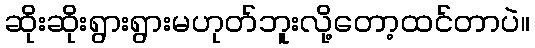
ဆိုးဆိုးရွားရွားမဟုတ်ဘူးလို့တော့ထင်တာပဲ။